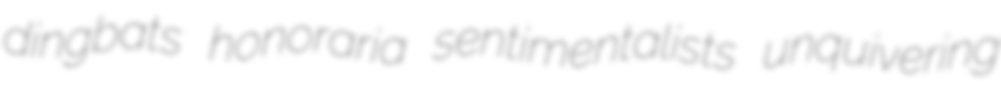
dingbats honoraria sentimentalists unquivering